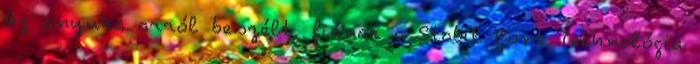
Az anyuka arról beszélt, fiának a Stabil Pont Technológia